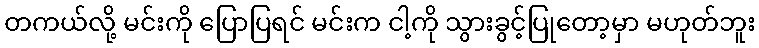
တကယ်လို့ မင်းကို ပြောပြရင် မင်းက ငါ့ကို သွားခွင့်ပြုတော့မှာ မဟုတ်ဘူး